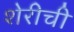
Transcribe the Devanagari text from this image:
शेरीची